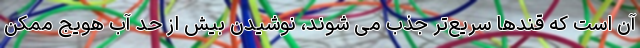
آن است که قندها سریع‌تر جذب می شوند، نوشیدن بیش از حد آب هویج ممکن